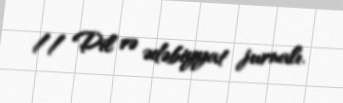
// Dil və ədəbiyyat jurnalı.